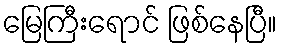
မြေကြီးရောင် ဖြစ်နေပြီ။